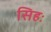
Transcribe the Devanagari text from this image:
सिहः